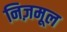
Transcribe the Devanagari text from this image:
निज़मूल